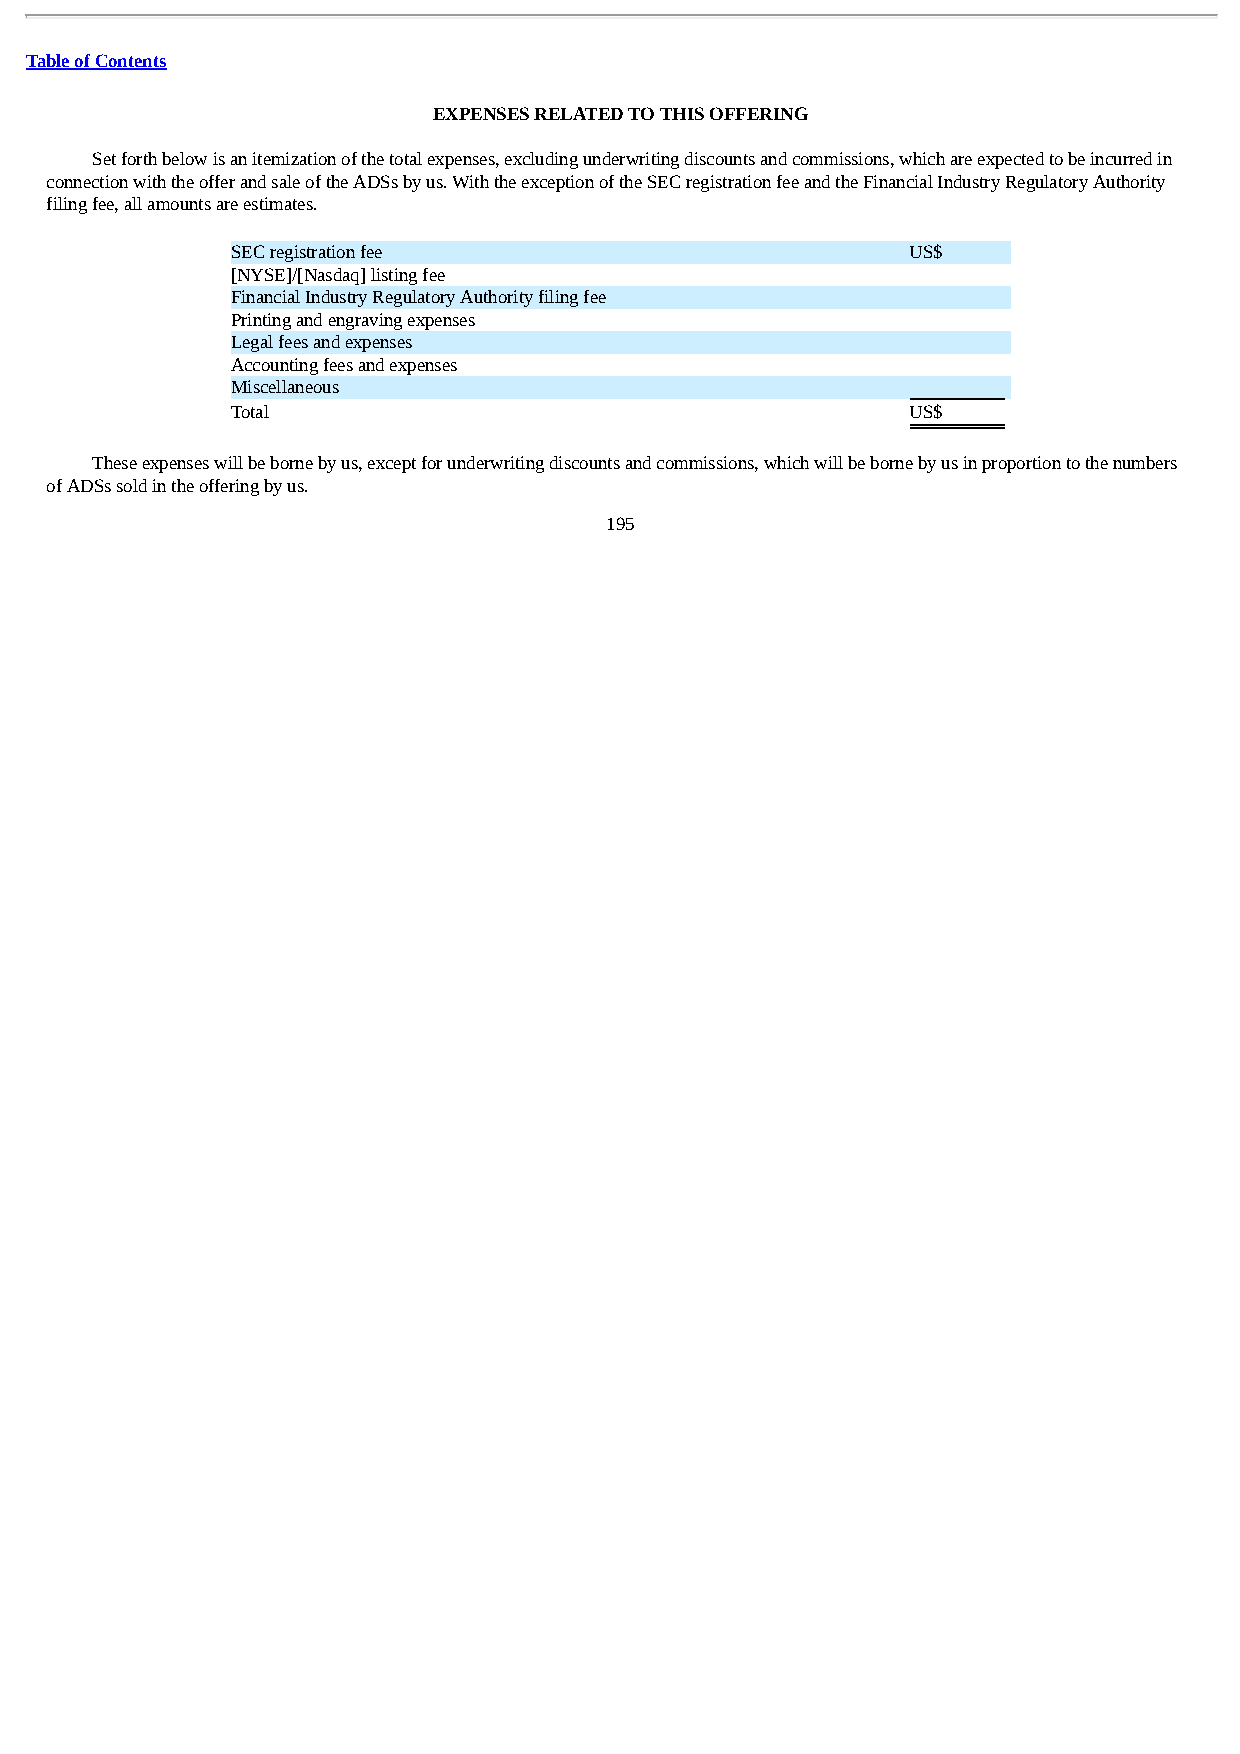
Table of Contents
 EXPENSES RELATED TO THIS OFFERING
 Set forth below is an itemization of the total expenses, excluding underwriting discounts and commissions, which are expected to be incurred in
 connection with the offer and sale of the ADSs by us. With the exception of the SEC registration fee and the Financial Industry Regulatory Authority
 filing fee, all amounts are estimates.
 SEC registration fee                         US$
 [NYSE]/[Nasdaq] listing fee
 Financial Industry Regulatory Authority filing fee
 Printing and engraving expenses
 Legal fees and expenses
 Accounting fees and expenses
 Miscellaneous
 Total                                        US$
 These expenses will be borne by us, except for underwriting discounts and commissions, which will be borne by us in proportion to the numbers
 of ADSs sold in the offering by us.
 195